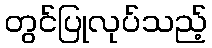
တွင်ပြုလုပ်သည့်